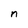
Character: n